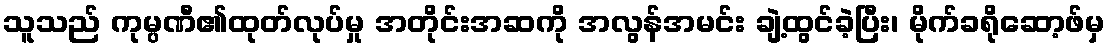
သူသည် ကုမ္ပဏီ၏ထုတ်လုပ်မှု အတိုင်းအဆကို အလွန်အမင်း ချဲ့ထွင်ခဲ့ပြီး၊ မိုက်ခရိုဆော့ဖ်မှ